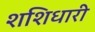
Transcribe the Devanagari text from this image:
शशिधारी